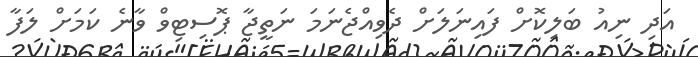
އަދި ނިއު ބަލިކޮށް ފައިނަލަށް ދެވިއްޖެނަމަ ނަތީޖާ ޕޮސިޓިވް ވާނެ ކަމަށް ލަފާ